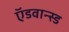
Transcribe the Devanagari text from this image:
ऍडवान्स्ड